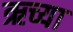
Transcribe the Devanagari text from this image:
ऋच्या